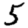
Digit: 5